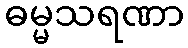
ဓမ္မသရဏာ